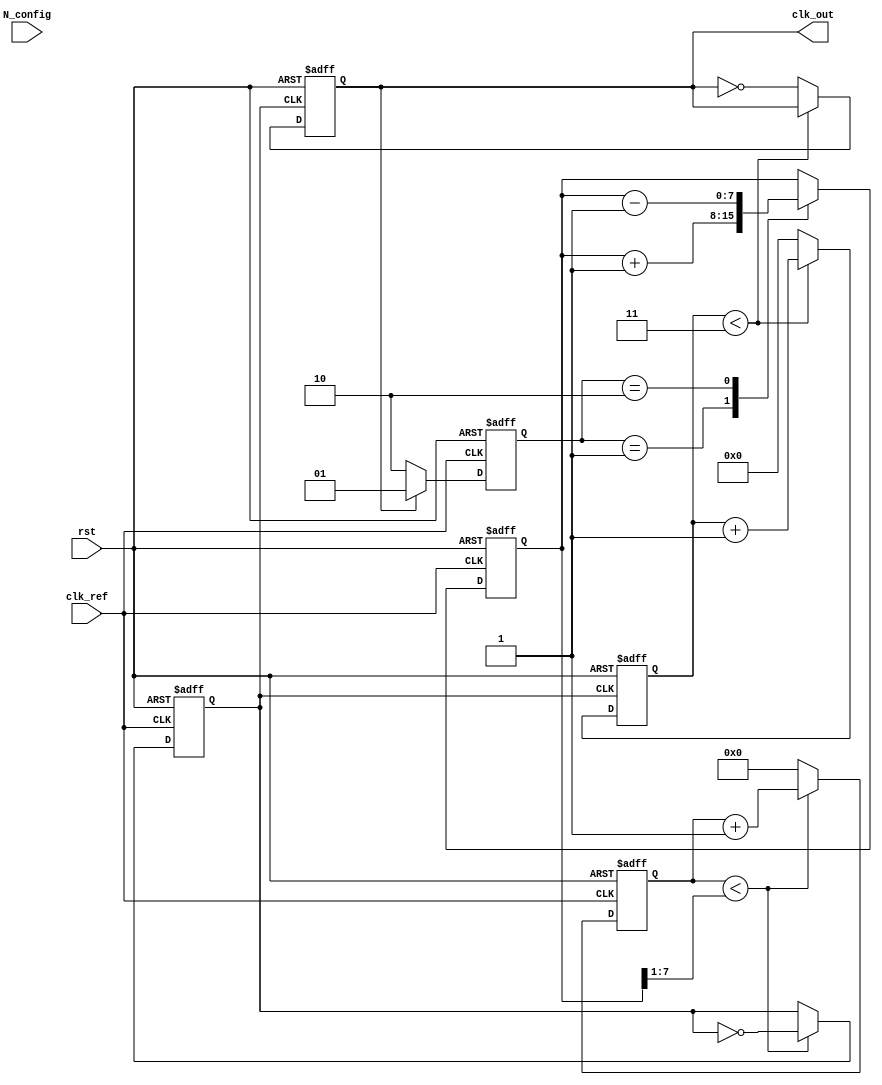
module MemoryBlocksIntegerNPLL (
    input wire clk_ref,              // Reference clock input
    input wire rst,                  // Reset signal
    input wire [N-1:0] N_config,     // Configuration input for divider N
    output wire clk_out              // Output clock
);

parameter N = 4; // Example division ratio (N)
parameter CLK_PERIOD = 10; // Period of the reference clock in time units

// Phase Detector
reg [1:0] phase_error; // 00: No error, 01: Output leading, 10: Output lagging

always @(posedge clk_ref or posedge rst) begin
    if (rst) begin
        phase_error <= 2'b00; // Reset phase error
    end else begin
        // Example phase comparison logic (simplified)
        if (clk_out) begin
            phase_error <= 2'b01; // Output leading
        end else begin
            phase_error <= 2'b10; // Output lagging
        end
    end
end

// Loop Filter (simple proportional control)
reg [7:0] control_voltage; // Control voltage for VCO

always @(posedge clk_ref or posedge rst) begin
    if (rst) begin
        control_voltage <= 8'b0; // Reset control voltage
    end else begin
        case (phase_error)
            2'b01: control_voltage <= control_voltage + 1; // Adjust up
            2'b10: control_voltage <= control_voltage - 1; // Adjust down
            default: control_voltage <= control_voltage; // No change
        endcase
    end
end

// Voltage-Controlled Oscillator (VCO)
reg clk_vco;
reg [7:0] vco_counter;

always @(posedge clk_ref or posedge rst) begin
    if (rst) begin
        clk_vco <= 0;
        vco_counter <= 0;
    end else begin
        // VCO frequency control based on control voltage
        if (vco_counter < (control_voltage >> 1)) begin // Simple scaling
            clk_vco <= ~clk_vco; // Toggle VCO clock
            vco_counter <= vco_counter + 1;
        end else begin
            vco_counter <= 0;
        end
    end
end

// Feedback Divider
reg clk_feedback;
reg [N-1:0] divider_count;

always @(posedge clk_vco or posedge rst) begin
    if (rst) begin
        divider_count <= 0;
        clk_feedback <= 0;
    end else begin
        if (divider_count < (N - 1)) begin
            divider_count <= divider_count + 1;
        end else begin
            clk_feedback <= ~clk_feedback; // Toggle feedback clock
            divider_count <= 0;
        end
    end
end

// Output Clock
assign clk_out = clk_feedback;

endmodule